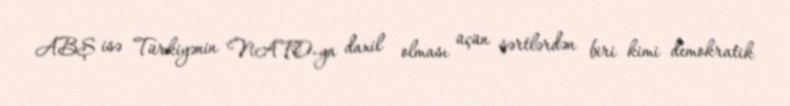
ABŞ isə Türkiyənin NATO-ya daxil olması üçün şərtlərdən biri kimi demokratik